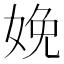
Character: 娩